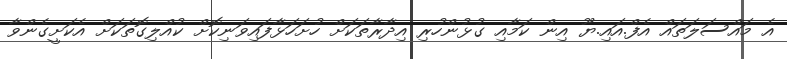
އެ މައްސަލަތައް އެފް.އައި.ޔޫ އިން ކަމާއި ގުޅުންހުރި އިދާރާތަކަށް ހުށަހަޅާފައިވަނިކޮށް ކުއްލިގޮތަކަށް އެކަށީގެންވާ